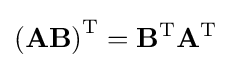
\left(\mathbf {AB} \right)^{\text{T}}=\mathbf {B} ^{\text{T}}\mathbf {A} ^{\text{T}}